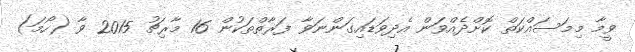
ވީމާ މިމަސައްކަތް ކޮށްދެއްވަން އެދިވަޑައިގަންނަވާ ފަރާތްތަކުން 16 މާރިޗު 2015 ވާ (ހޯމަ)